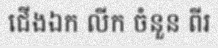
ជើងឯក លីក ចំនួន ពីរ